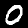
Digit: 0